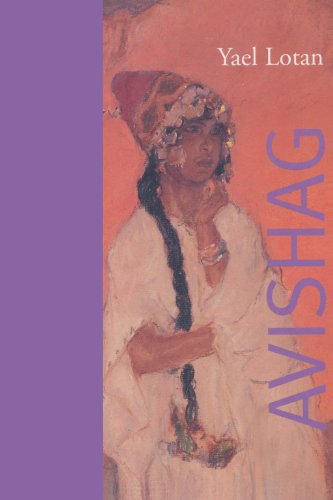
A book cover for Avishag; Yael Lotan; Christian Books & Bibles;